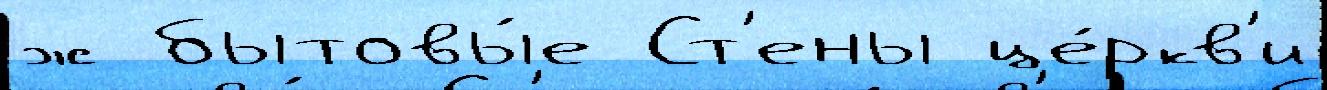
ж бытовы́е Ст'ены це́ркв'и